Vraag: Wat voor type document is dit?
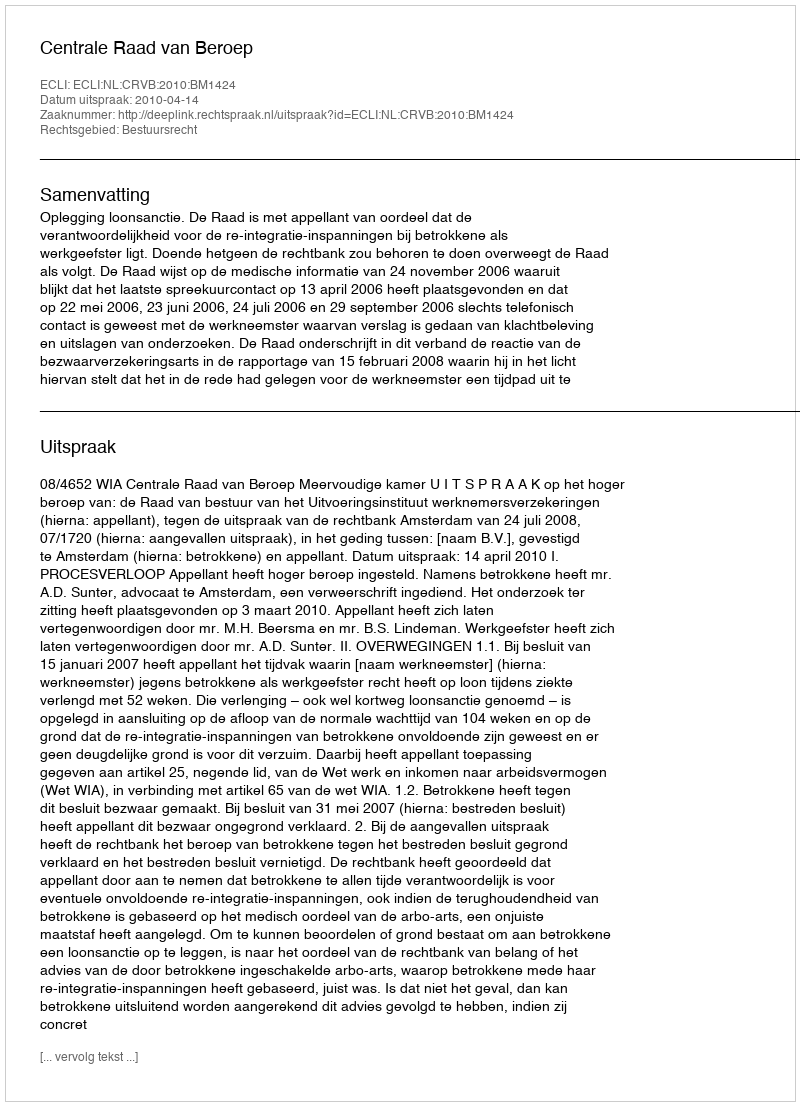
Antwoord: Uitspraak